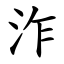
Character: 泎